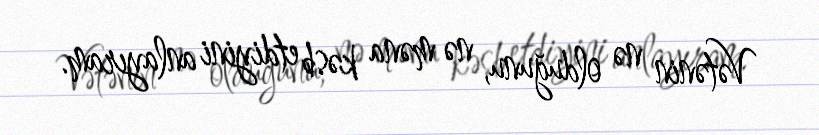
Vətənin nə olduğunu, nə məna kəsb etdiyini anlayıram.